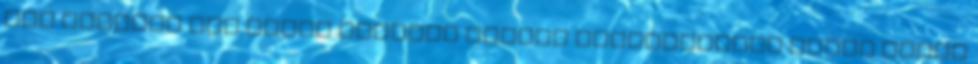
ami sokszor nem kerül semmibe sokkal kellemesebbé lehet tenni